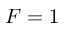
F = 1